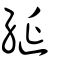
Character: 綖